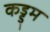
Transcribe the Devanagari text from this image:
कड्ड्म